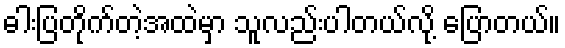
ဓါးပြတိုက်တဲ့အထဲမှာ သူလည်းပါတယ်လို့ ပြောတယ်။